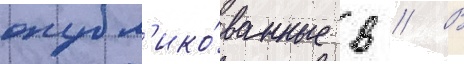
опубл'ико́ванные в // В